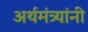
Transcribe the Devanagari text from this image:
अर्थमंत्र्यांनी